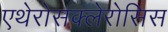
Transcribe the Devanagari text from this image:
एथेरोसक्लेरोसिस